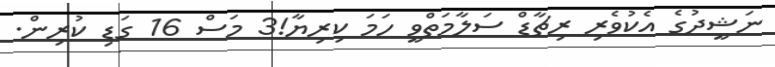
ނަޝީދުގެ އެކުވެރި ރިޗާޑް ސަލާމަތްވީ ހަމަ ކިރިޔާ!3 މަސް 16 ގަޑި ކުރިން.